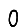
Digit: 0